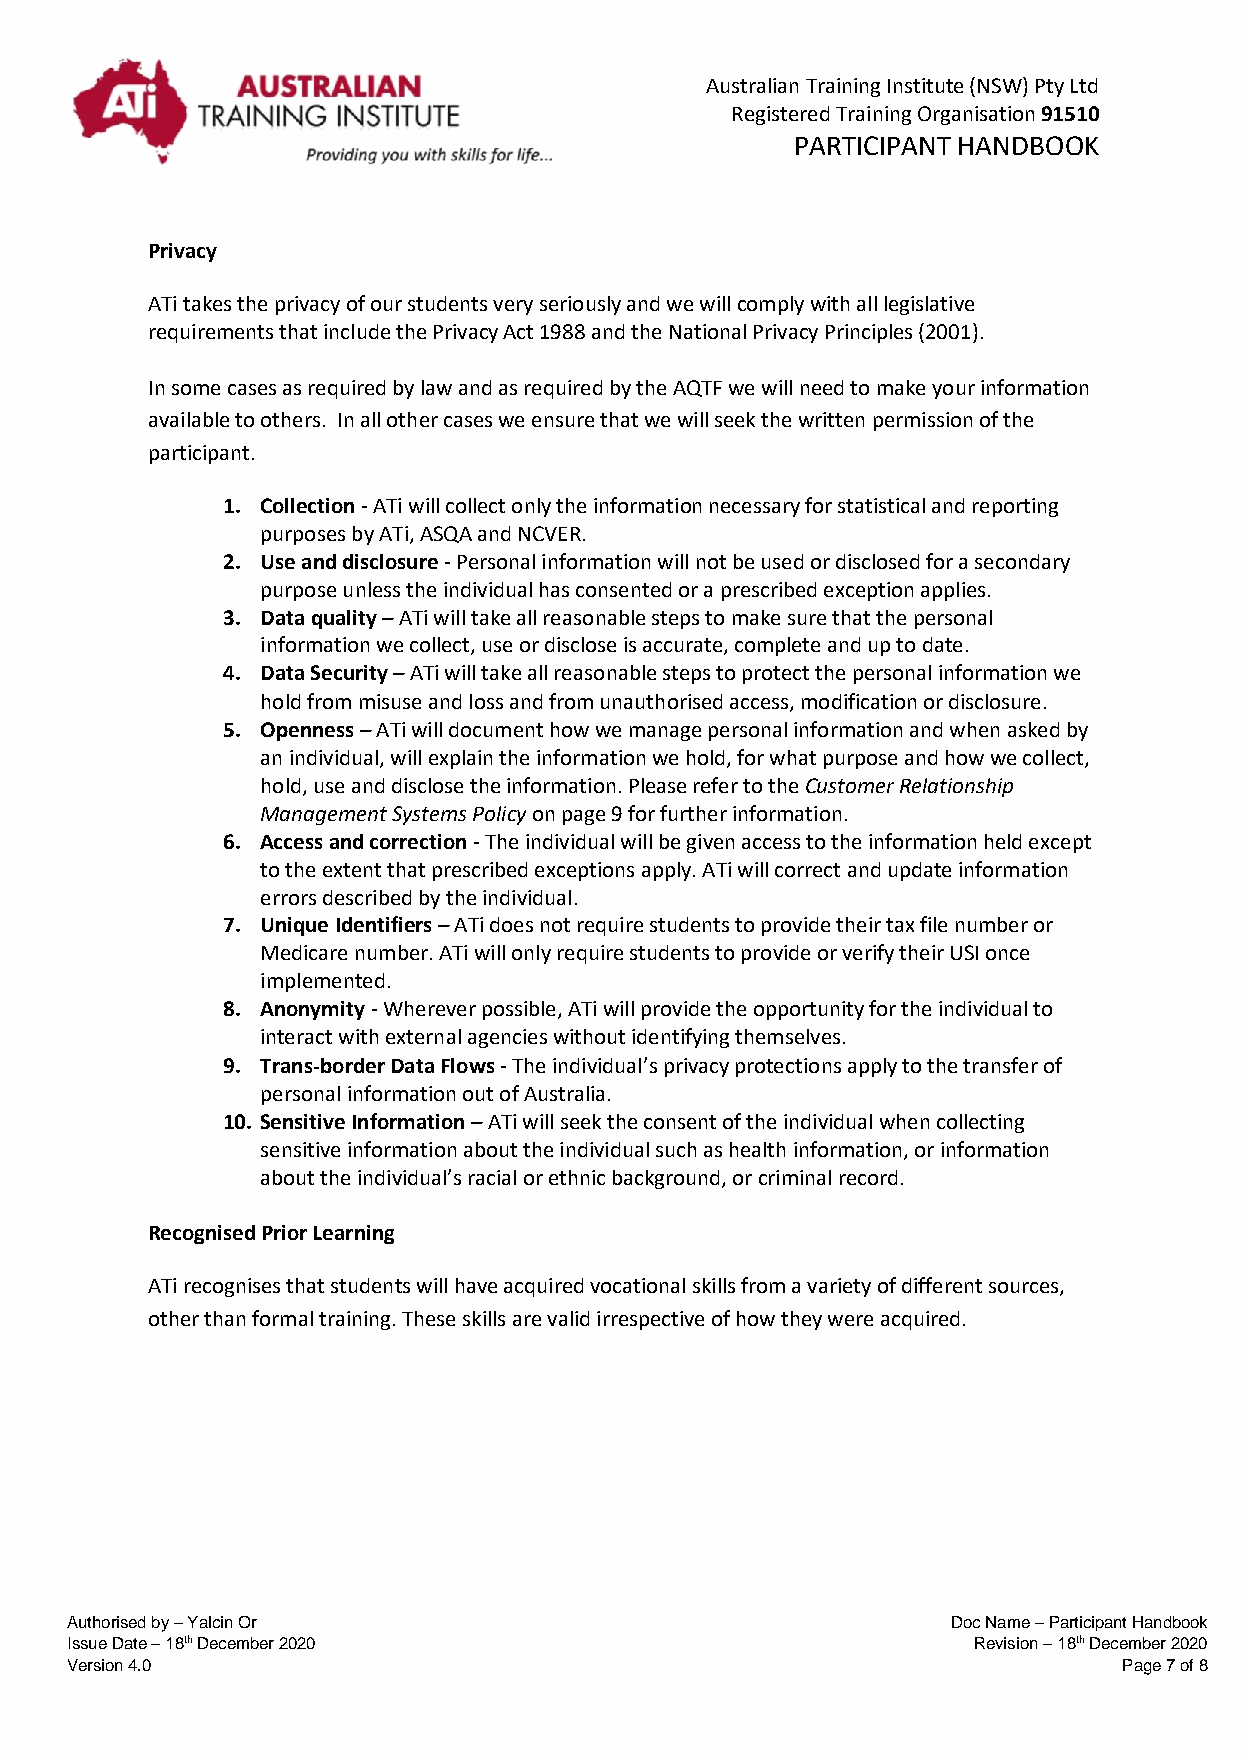
Australian Training Institute (NSW) Pty Ltd
 Registered Training Organisation 91510
 PARTICIPANT HANDBOOK
 Privacy
 ATi takes the privacy of our students very seriously and we will comply with all legislative
 requirements that include the Privacy Act 1988 and the National Privacy Principles (2001).
 In some cases as required by law and as required by the AQTF we will need to make your information
 available to others. In all other cases we ensure that we will seek the written permission of the
 participant.
 1. Collection - ATi will collect only the information necessary for statistical and reporting
 purposes by ATi, ASQA and NCVER.
 2. Use and disclosure - Personal information will not be used or disclosed for a secondary
 purpose unless the individual has consented or a prescribed exception applies.
 3. Data quality – ATi will take all reasonable steps to make sure that the personal
 information we collect, use or disclose is accurate, complete and up to date.
 4. Data Security – ATi will take all reasonable steps to protect the personal information we
 hold from misuse and loss and from unauthorised access, modification or disclosure.
 5. Openness – ATi will document how we manage personal information and when asked by
 an individual, will explain the information we hold, for what purpose and how we collect,
 hold, use and disclose the information. Please refer to the Customer Relationship
 Management Systems Policy on page 9 for further information.
 6. Access and correction - The individual will be given access to the information held except
 to the extent that prescribed exceptions apply. ATi will correct and update information
 errors described by the individual.
 7. Unique Identifiers – ATi does not require students to provide their tax file number or
 Medicare number. ATi will only require students to provide or verify their USI once
 implemented.
 8. Anonymity - Wherever possible, ATi will provide the opportunity for the individual to
 interact with external agencies without identifying themselves.
 9. Trans-border Data Flows - The individual’s privacy protections apply to the transfer of
 personal information out of Australia.
 10. Sensitive Information – ATi will seek the consent of the individual when collecting
 sensitive information about the individual such as health information, or information
 about the individual’s racial or ethnic background, or criminal record.
 Recognised Prior Learning
 ATi recognises that students will have acquired vocational skills from a variety of different sources,
 other than formal training. These skills are valid irrespective of how they were acquired.
 Authorised by – Yalcin Or                                  Doc Name – Participant Handbook
 Issue Date – 18th December 2020                             Revision – 18th December 2020
 Version 4.0                                                           Page 7 of 8